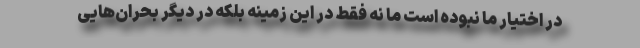
در اختیار ما نبوده است ما نه فقط در این زمینه بلکه در دیگر بحران‌هایی